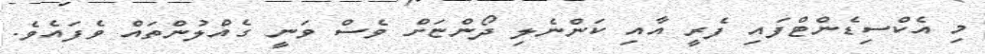
މި އެކްސިޑެންޓްފައި ފެރީ އާއި ކަންނެލި ދޯންޏަށް ވެސް ވަނީ ގެއްލުންތައް ވެފައެވެ.